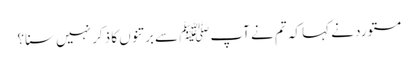
مستورد نے کہا کہ تم نے آپﷺ سے برتنوں کا ذکر نہیں سنا؟